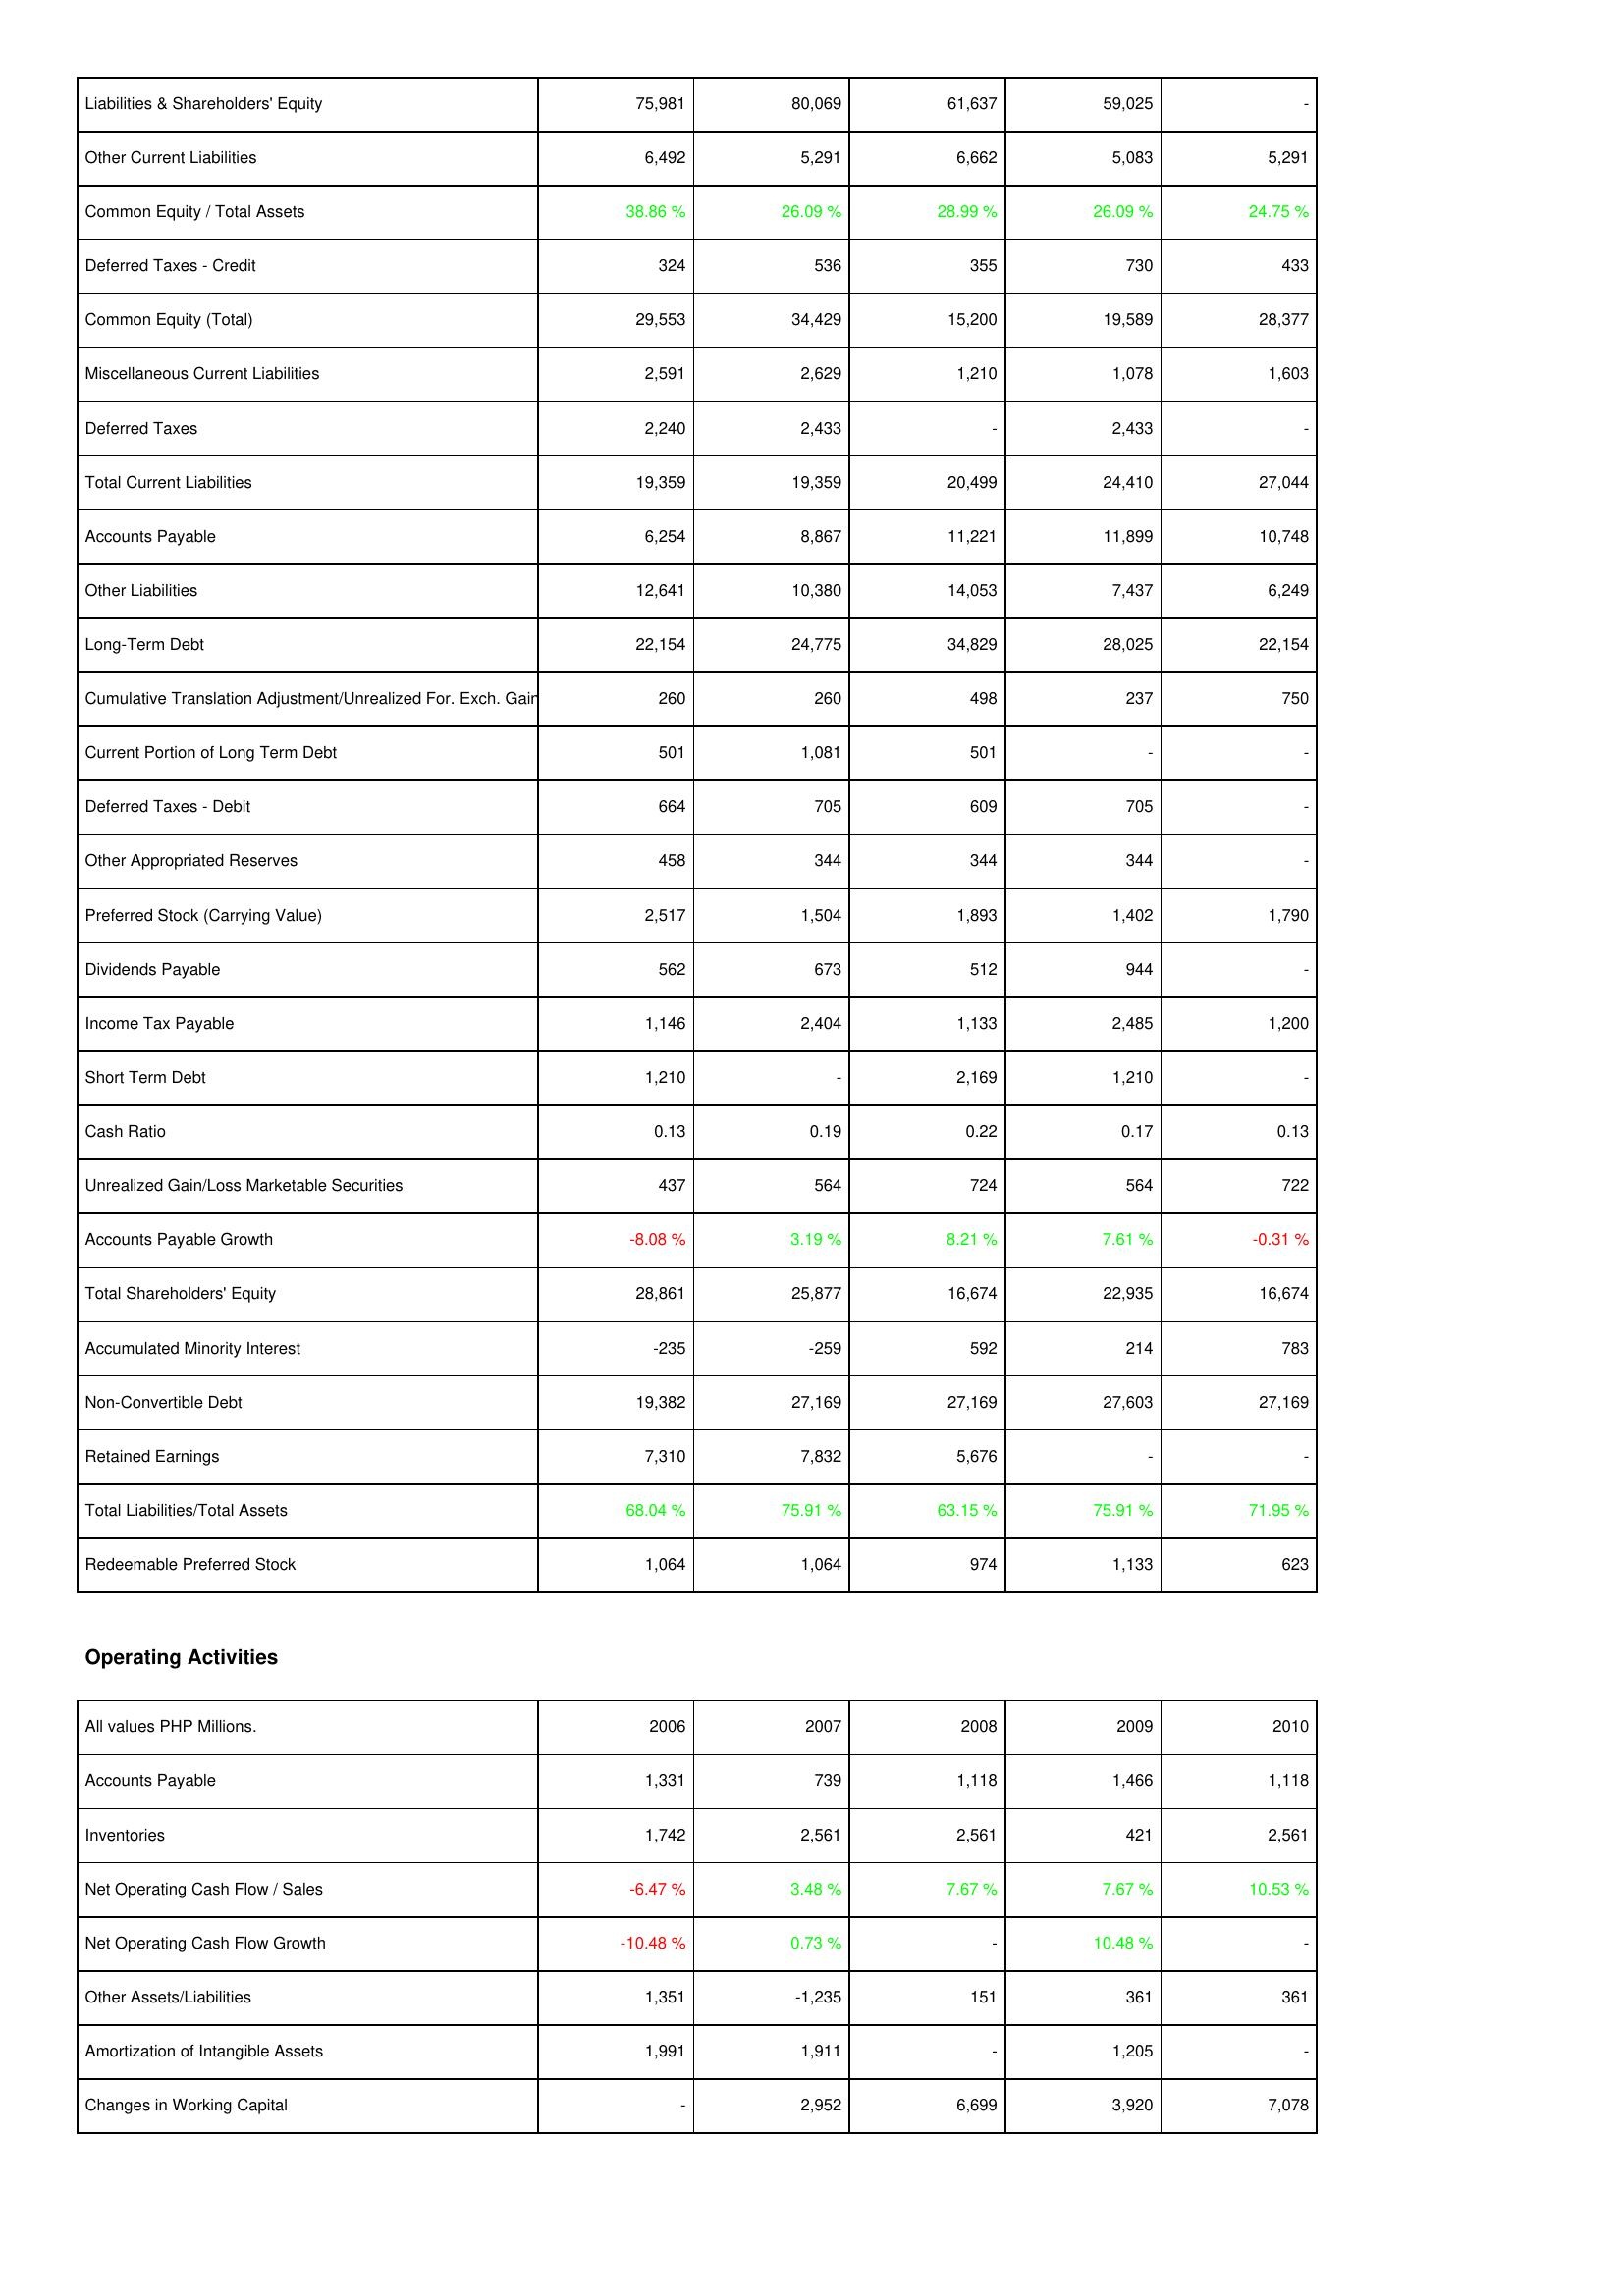
2006: Liabilities & Shareholders' Equity: Liabilities & Shareholders' Equity: 75,981
Other Current Liabilities: 6,492
Common Equity / Total Assets: 38.86 %
Deferred Taxes - Credit: 324
Common Equity (Total): 29,553
Miscellaneous Current Liabilities: 2,591
Deferred Taxes: 2,240
Total Current Liabilities: 19,359
Accounts Payable: 6,254
Other Liabilities: 12,641
Long-Term Debt: 22,154
Cumulative Translation Adjustment/Unrealized For. Exch. Gain: 260
Current Portion of Long Term Debt: 501
Deferred Taxes - Debit: 664
Other Appropriated Reserves: 458
Preferred Stock (Carrying Value): 2,517
Dividends Payable: 562
Income Tax Payable: 1,146
Short Term Debt: 1,210
Cash Ratio: 0.13
Unrealized Gain/Loss Marketable Securities: 437
Accounts Payable Growth: -8.08 %
Total Shareholders' Equity: 28,861
Accumulated Minority Interest: -235
Non-Convertible Debt: 19,382
Retained Earnings: 7,310
Total Liabilities/Total Assets: 68.04 %
Redeemable Preferred Stock: 1,064
Operating Activities: Accounts Payable: 1,331
Inventories: 1,742
Net Operating Cash Flow / Sales: -6.47 %
Net Operating Cash Flow Growth: -10.48 %
Other Assets/Liabilities: 1,351
Amortization of Intangible Assets: 1,991
Changes in Working Capital: -
2007: Liabilities & Shareholders' Equity: Liabilities & Shareholders' Equity: 80,069
Other Current Liabilities: 5,291
Common Equity / Total Assets: 26.09 %
Deferred Taxes - Credit: 536
Common Equity (Total): 34,429
Miscellaneous Current Liabilities: 2,629
Deferred Taxes: 2,433
Total Current Liabilities: 19,359
Accounts Payable: 8,867
Other Liabilities: 10,380
Long-Term Debt: 24,775
Cumulative Translation Adjustment/Unrealized For. Exch. Gain: 260
Current Portion of Long Term Debt: 1,081
Deferred Taxes - Debit: 705
Other Appropriated Reserves: 344
Preferred Stock (Carrying Value): 1,504
Dividends Payable: 673
Income Tax Payable: 2,404
Short Term Debt: -
Cash Ratio: 0.19
Unrealized Gain/Loss Marketable Securities: 564
Accounts Payable Growth: 3.19 %
Total Shareholders' Equity: 25,877
Accumulated Minority Interest: -259
Non-Convertible Debt: 27,169
Retained Earnings: 7,832
Total Liabilities/Total Assets: 75.91 %
Redeemable Preferred Stock: 1,064
Operating Activities: Accounts Payable: 739
Inventories: 2,561
Net Operating Cash Flow / Sales: 3.48 %
Net Operating Cash Flow Growth: 0.73 %
Other Assets/Liabilities: -1,235
Amortization of Intangible Assets: 1,911
Changes in Working Capital: 2,952
2008: Liabilities & Shareholders' Equity: Liabilities & Shareholders' Equity: 61,637
Other Current Liabilities: 6,662
Common Equity / Total Assets: 28.99 %
Deferred Taxes - Credit: 355
Common Equity (Total): 15,200
Miscellaneous Current Liabilities: 1,210
Deferred Taxes: -
Total Current Liabilities: 20,499
Accounts Payable: 11,221
Other Liabilities: 14,053
Long-Term Debt: 34,829
Cumulative Translation Adjustment/Unrealized For. Exch. Gain: 498
Current Portion of Long Term Debt: 501
Deferred Taxes - Debit: 609
Other Appropriated Reserves: 344
Preferred Stock (Carrying Value): 1,893
Dividends Payable: 512
Income Tax Payable: 1,133
Short Term Debt: 2,169
Cash Ratio: 0.22
Unrealized Gain/Loss Marketable Securities: 724
Accounts Payable Growth: 8.21 %
Total Shareholders' Equity: 16,674
Accumulated Minority Interest: 592
Non-Convertible Debt: 27,169
Retained Earnings: 5,676
Total Liabilities/Total Assets: 63.15 %
Redeemable Preferred Stock: 974
Operating Activities: Accounts Payable: 1,118
Inventories: 2,561
Net Operating Cash Flow / Sales: 7.67 %
Net Operating Cash Flow Growth: -
Other Assets/Liabilities: 151
Amortization of Intangible Assets: -
Changes in Working Capital: 6,699
2009: Liabilities & Shareholders' Equity: Liabilities & Shareholders' Equity: 59,025
Other Current Liabilities: 5,083
Common Equity / Total Assets: 26.09 %
Deferred Taxes - Credit: 730
Common Equity (Total): 19,589
Miscellaneous Current Liabilities: 1,078
Deferred Taxes: 2,433
Total Current Liabilities: 24,410
Accounts Payable: 11,899
Other Liabilities: 7,437
Long-Term Debt: 28,025
Cumulative Translation Adjustment/Unrealized For. Exch. Gain: 237
Current Portion of Long Term Debt: -
Deferred Taxes - Debit: 705
Other Appropriated Reserves: 344
Preferred Stock (Carrying Value): 1,402
Dividends Payable: 944
Income Tax Payable: 2,485
Short Term Debt: 1,210
Cash Ratio: 0.17
Unrealized Gain/Loss Marketable Securities: 564
Accounts Payable Growth: 7.61 %
Total Shareholders' Equity: 22,935
Accumulated Minority Interest: 214
Non-Convertible Debt: 27,603
Retained Earnings: -
Total Liabilities/Total Assets: 75.91 %
Redeemable Preferred Stock: 1,133
Operating Activities: Accounts Payable: 1,466
Inventories: 421
Net Operating Cash Flow / Sales: 7.67 %
Net Operating Cash Flow Growth: 10.48 %
Other Assets/Liabilities: 361
Amortization of Intangible Assets: 1,205
Changes in Working Capital: 3,920
2010: Liabilities & Shareholders' Equity: Liabilities & Shareholders' Equity: -
Other Current Liabilities: 5,291
Common Equity / Total Assets: 24.75 %
Deferred Taxes - Credit: 433
Common Equity (Total): 28,377
Miscellaneous Current Liabilities: 1,603
Deferred Taxes: -
Total Current Liabilities: 27,044
Accounts Payable: 10,748
Other Liabilities: 6,249
Long-Term Debt: 22,154
Cumulative Translation Adjustment/Unrealized For. Exch. Gain: 750
Current Portion of Long Term Debt: -
Deferred Taxes - Debit: -
Other Appropriated Reserves: -
Preferred Stock (Carrying Value): 1,790
Dividends Payable: -
Income Tax Payable: 1,200
Short Term Debt: -
Cash Ratio: 0.13
Unrealized Gain/Loss Marketable Securities: 722
Accounts Payable Growth: -0.31 %
Total Shareholders' Equity: 16,674
Accumulated Minority Interest: 783
Non-Convertible Debt: 27,169
Retained Earnings: -
Total Liabilities/Total Assets: 71.95 %
Redeemable Preferred Stock: 623
Operating Activities: Accounts Payable: 1,118
Inventories: 2,561
Net Operating Cash Flow / Sales: 10.53 %
Net Operating Cash Flow Growth: -
Other Assets/Liabilities: 361
Amortization of Intangible Assets: -
Changes in Working Capital: 7,078